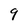
Character: 9